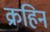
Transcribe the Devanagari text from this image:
क्रहिन